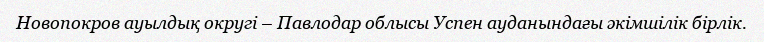
Новопокров ауылдық округі – Павлодар облысы Успен ауданындағы әкімшілік бірлік.